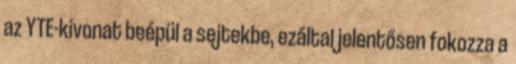
az YTE-kivonat beépül a sejtekbe, ezáltal jelentősen fokozza a